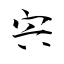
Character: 宍